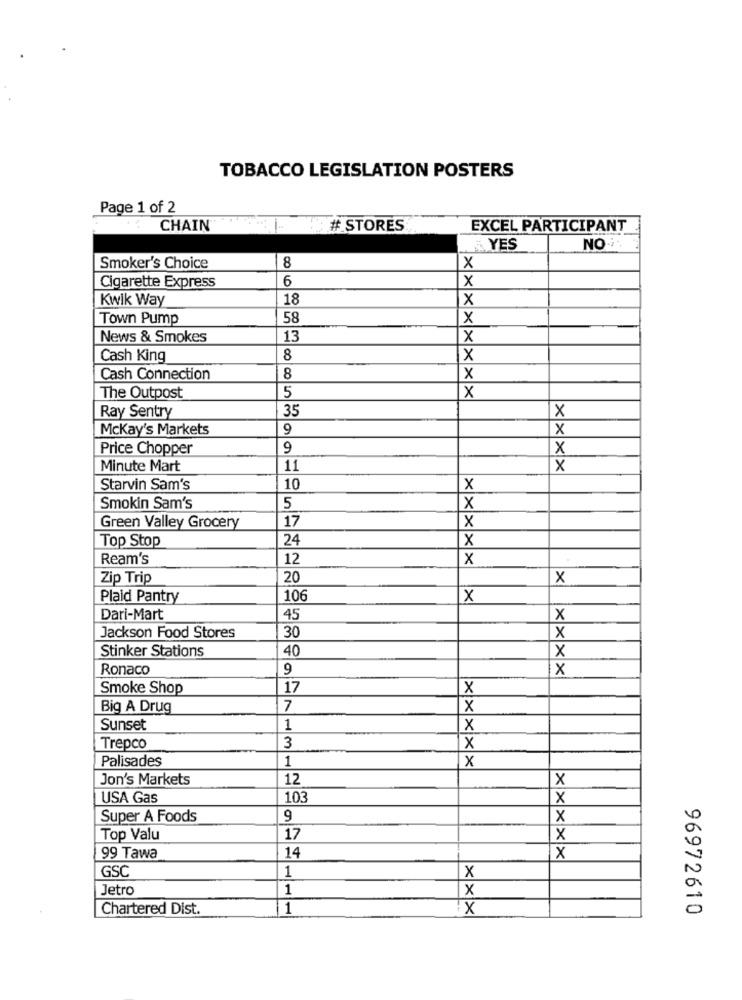
TOBACCO LEGISLATION POSTERS
Page 1 of 2
CHAIN
# STORES
EXCEL PARTICIPANT
YES
NO .-
8
Smoker's Choice
X
Cigarette Express
6
x
Kwik Way
18
x
Town Pump
58
x
News & Smokes
13
X
Cash King
8
x
Cash Connection
8
x
The Outpost
5
X
35
×
Ray Sentry
Mckay's Markets
9
X
Price Chopper
9
x
Minute Mart
11
X
Starvin Sam's
10
X
Smokin Sam's
5
X
Green Valley Grocery
17
X
Top Stop
24
x
Ream's
12
X
Zip Trip
20
X
Plaid Pantry
106
X
Dari-Mart
45
x
30
Jackson Food Stores
x
Stinker Stations
40
x
Ronaco
9
X
Smoke Shop
17
X
Big A Drug
7
X
Sunset
1
X
Trepco
3
x
Palisades
1
X
Jon's Markets
12
X
USA Gas
103
x
Super A Foods
9
x
Top Valu
17
X
14
99 Tawa
X
1
GSC
X
Jetro
1
x
Chartered Dist.
1
X
96972610